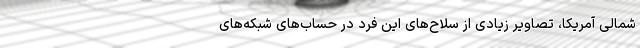
شمالی آمریکا، تصاویر زیادی از سلاح‌های این فرد در حساب‌های شبکه‌های